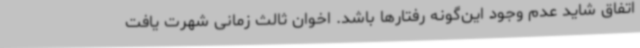
اتفاق شاید عدم وجود این‌گونه رفتارها باشد. اخوان ثالث زمانی شهرت یافت